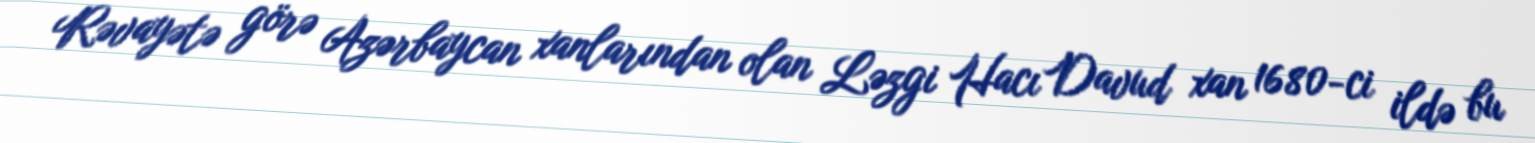
Rəvayətə görə Azərbaycan xanlarından olan Ləzgi Hacı Davud xan 1680-ci ildə bu